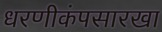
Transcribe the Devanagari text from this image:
धरणीकंपसारखा